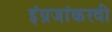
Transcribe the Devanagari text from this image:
इंग्रजांकरवी